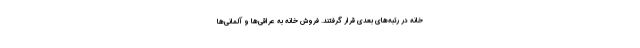
خانه در رتبه‌های بعدی قرار گرفتند. فروش خانه به عراقی‌ها و آلمانی‌ها